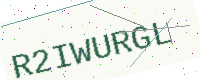
Text: R2IWURGL